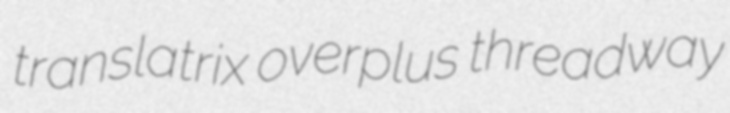
translatrix overplus threadway